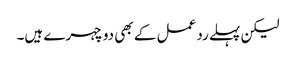
لیکن پہلے رد عمل کے بھی دو چہرے ہیں۔